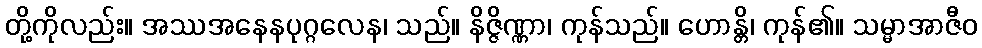
တို့ကိုလည်း။ အဿအနေနပုဂ္ဂလေန၊ သည်။ နိဇ္ဇိဏ္ဏာ၊ ကုန်သည်။ ဟောန္တိ၊ ကုန်၏။ သမ္မာအာဇီဝ